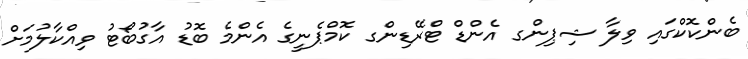
ބެންކޮކްގައި ވިލާ ޝިޕިންގ އެންޑް ޓްރޭޑިންގ ކޮމްޕެނީގެ އެންމެ ބޮޑު އާގުބޯޓު ވިއްކާލުމަށް